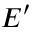
E ^ { \prime }